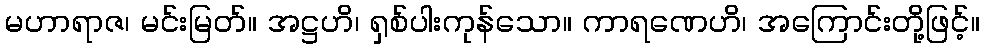
မဟာရာဇ၊ မင်းမြတ်။ အဋ္ဌဟိ၊ ရှစ်ပါးကုန်သော။ ကာရဏေဟိ၊ အကြောင်းတို့ဖြင့်။